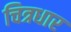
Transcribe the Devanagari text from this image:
चित्रधार